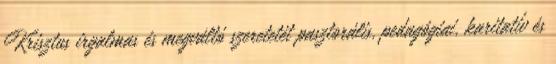
Krisztus irgalmas és megváltó szeretetét pasztorális, pedagógiai, karitatív és